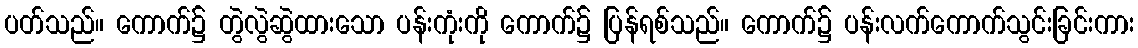
ပတ်သည်။ ကောက်၌ တွဲလွဲဆွဲထားသော ပန်းကုံးကို ကောက်၌ ပြန်ရစ်သည်။ ကောက်၌ ပန်းလက်ကောက်သွင်းခြင်းကား